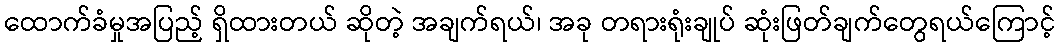
ထောက်ခံမှုအပြည့် ရှိထားတယ် ဆိုတဲ့ အချက်ရယ်၊ အခု တရားရုံးချုပ် ဆုံးဖြတ်ချက်တွေရယ်ကြောင့်